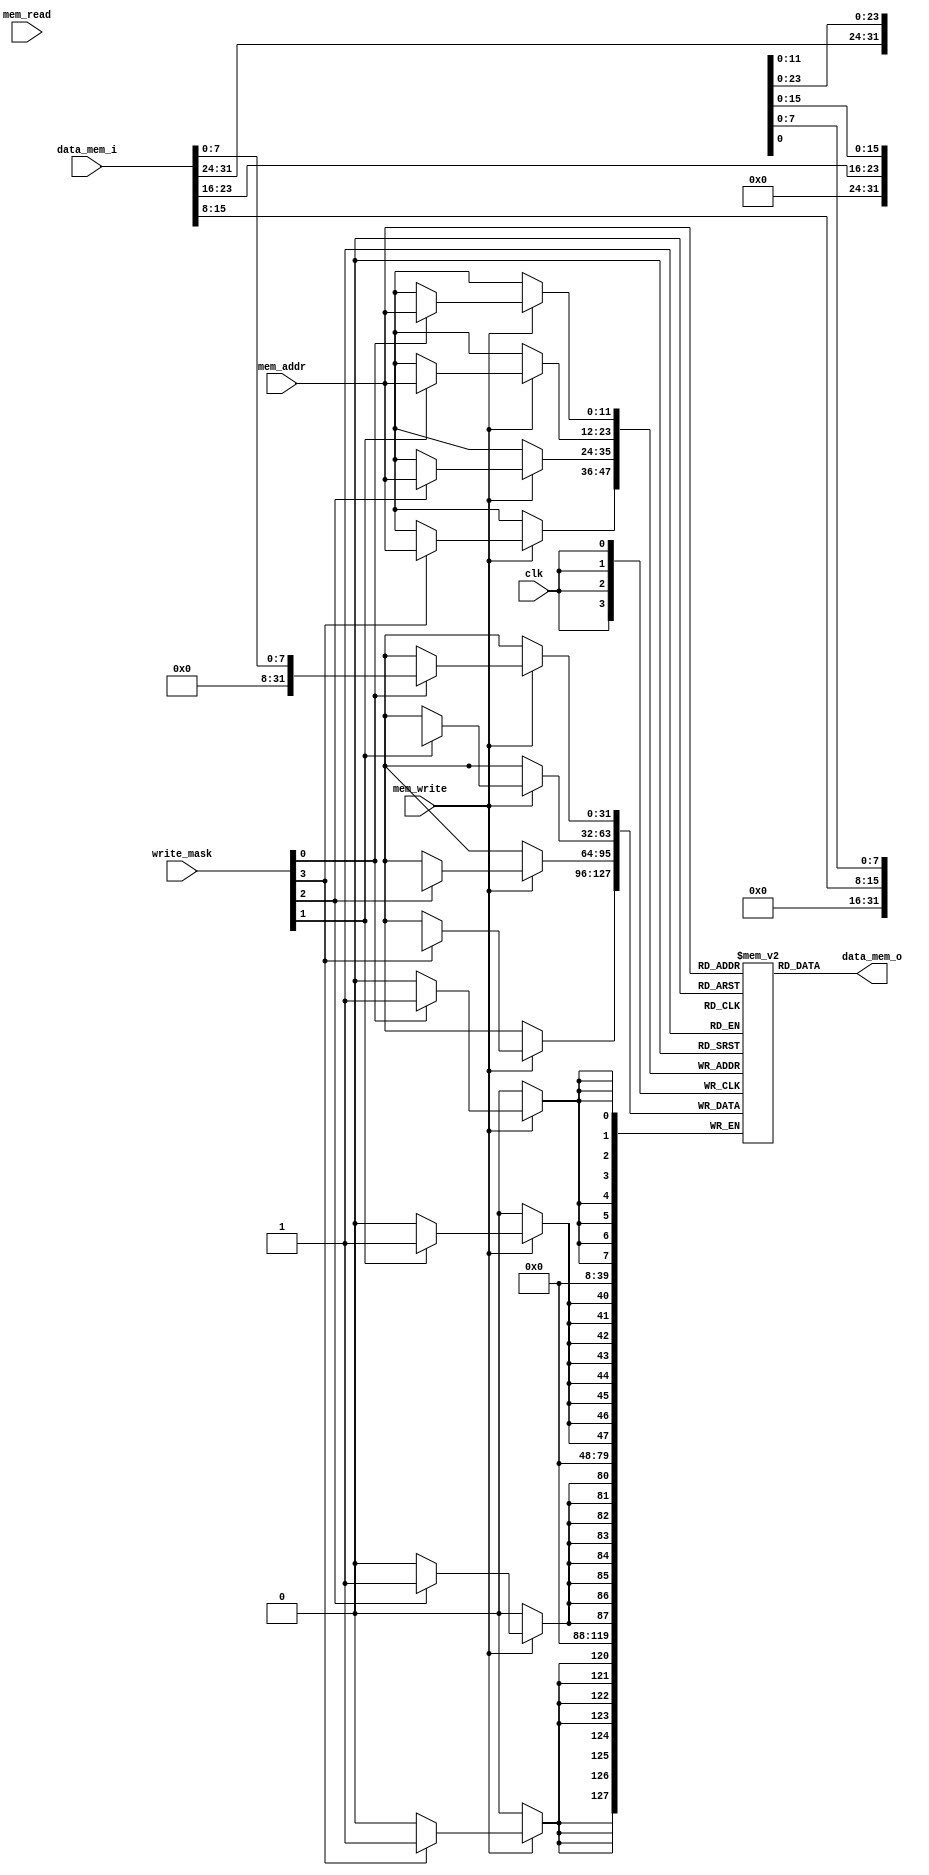
module  data_mem (
    clk,
    mem_addr,
    mem_read,
    mem_write,
    data_mem_i,
    data_mem_o,
    write_mask
    );

    input wire             clk;
    input wire        mem_read;
    input wire       mem_write;
    input wire[11:0]  mem_addr;
    input wire[31:0]data_mem_i;
    output reg[31:0]data_mem_o;
    input wire[3:0] write_mask;
    
    reg[31:0]data_mem[4095:0];

    always@(posedge clk )begin

        if(mem_write) begin
            if (write_mask[0]) begin
                data_mem[mem_addr][7:0]<= data_mem_i[7:0];
            end

            if (write_mask[1])begin
                data_mem[mem_addr][15:8]<= data_mem_i[15:8];
            end
            if (write_mask[2])begin
                data_mem[mem_addr][23:16]<= data_mem_i[23:16];
            end
            if (write_mask[3])begin
                data_mem[mem_addr][31:24]<= data_mem_i[31:24];
            end
        end
    end
    always @(*)begin
     data_mem_o = data_mem[mem_addr];
    end
endmodule